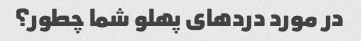
در مورد دردهای پهلو شما چطور؟